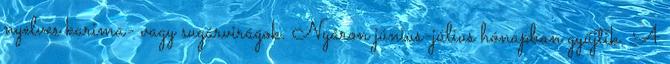
nyelves karima- vagy sugárvirágok. Nyáron június-július hónapban gyűjtik. A